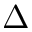
\Delta